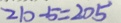
2 1 0 - 5 = 2 0 4